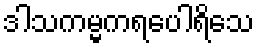
ဒါသကမ္မကရပေါရိသေ